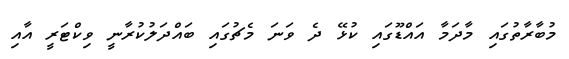
މުބާރާތުގައި މާދަމާ އައްޑޫގައި ކުޅޭ ދެ ވަނަ މެޗުގައި ބައްދަލުކުރާނީ ވިކްޓަރީ އާއި